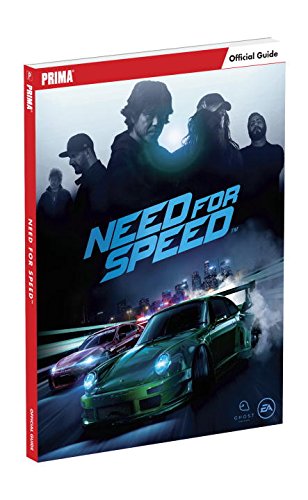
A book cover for Need For Speed Standard Edition Strategy Guide; Prima Games; Humor & Entertainment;